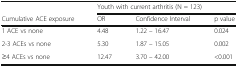
<table><thead><tr><td></td><td colspan="3"><b>Youth with current arthritis (N = 123)</b></td></tr><tr><td><b>Cumulative ACE exposure</b></td><td><b>OR</b></td><td><b>Confidence Interval</b></td><td><b>p value</b></td></tr></thead><tbody><tr><td>1 ACE vs none</td><td>4.48</td><td>1.22 – 16.47</td><td>0.024</td></tr><tr><td>2-3 ACEs vs none</td><td>5.30</td><td>1.87 – 15.05</td><td>0.002</td></tr><tr><td>≥4 ACEs vs none</td><td>12.47</td><td>3.70 – 42.00</td><td>&lt;0.001</td></tr></tbody></table>